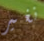
نغير